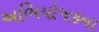
અભિયોજકના